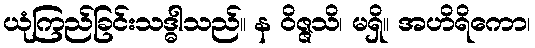
ယုံကြည်ခြင်းသဒ္ဓါသည်။ န ဝိဇ္ဇသိ၊ မရှိ။ အဟိရိကော၊